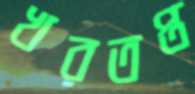
খরতপ্ত